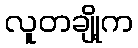
လူတချို့က